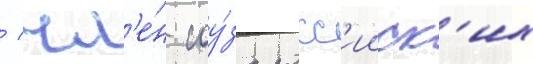
/ чл'е́н соу́за росс'ииск'их